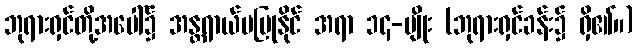
ဘုရားရှင်တို့အပေါ်၌ အန္တရာယ်မပြုနိုင် အရာ ၁၄-မျိုး (ဘုရားရှင်ခန်း၌ ရှိ၏။)